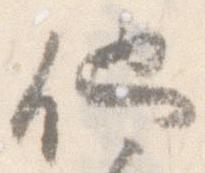
他